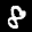
Label: 8